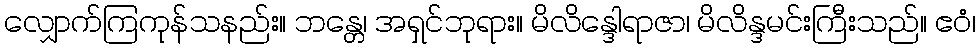
လျှောက်ကြကုန်သနည်း။ ဘန္တေ၊ အရှင်ဘုရား။ မိလိန္ဒေါရာဇာ၊ မိလိန္ဒမင်းကြီးသည်။ ဧဝံ၊